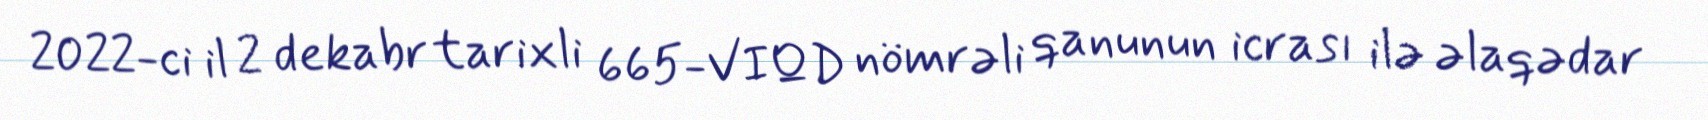
2022-ci il 2 dekabr tarixli 665-VIQD nömrəli qanunun icrası ilə əlaqədar